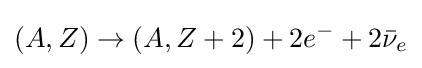
(A,Z)\rightarrow (A,Z+2)+2e^{-}+2{\bar {\nu }}_{e}